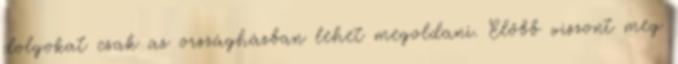
dolgokat csak az országházban lehet megoldani. Előbb viszont meg